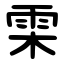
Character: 雬